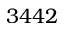
3 4 4 2